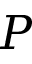
P